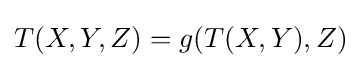
T(X,Y,Z)=g(T(X,Y),Z)